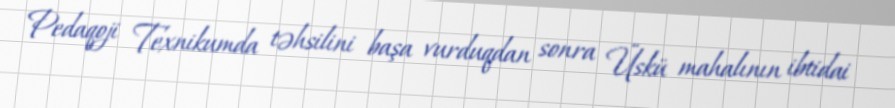
Pedaqoji Texnikumda təhsilini başa vurduqdan sonra Üskü mahalının ibtidai